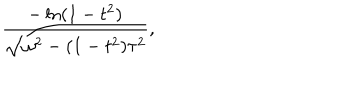
\frac { - \ln ( 1 - t ^ { 2 } ) } { \sqrt { \omega ^ { 2 } - ( 1 - t ^ { 2 } ) \tau ^ { 2 } } } ,